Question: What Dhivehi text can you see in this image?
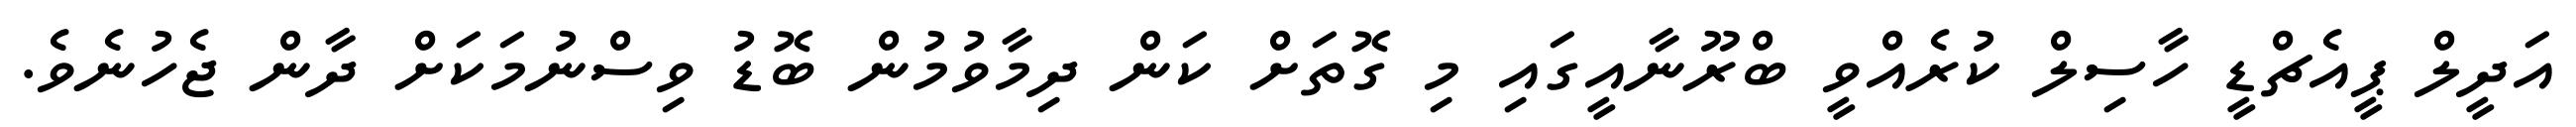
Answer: އަދީލް ޕީއެޗްޑީ ހާސިލް ކުރެއްވީ ބްރޫނާއީގައި މި ގޮތަށް ކަން ދިމާވުމުން ބޮޑު ވިސްނުމަކަށް ދާން ޖެހުނެވެ.